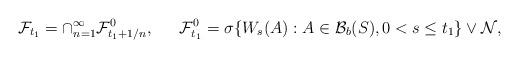
LaTeX: \begin{align*}\mathcal{F}_{t_1} = \cap_{n=1}^{\infty} \mathcal{F}_{t_1+1/n}^0,&& \mathcal{F}_{t_1}^0 =\sigma \{W_s(A): A \in \mathcal{B}_b(S), 0 < s \leq t_1 \}\vee \mathcal{N},\end{align*}